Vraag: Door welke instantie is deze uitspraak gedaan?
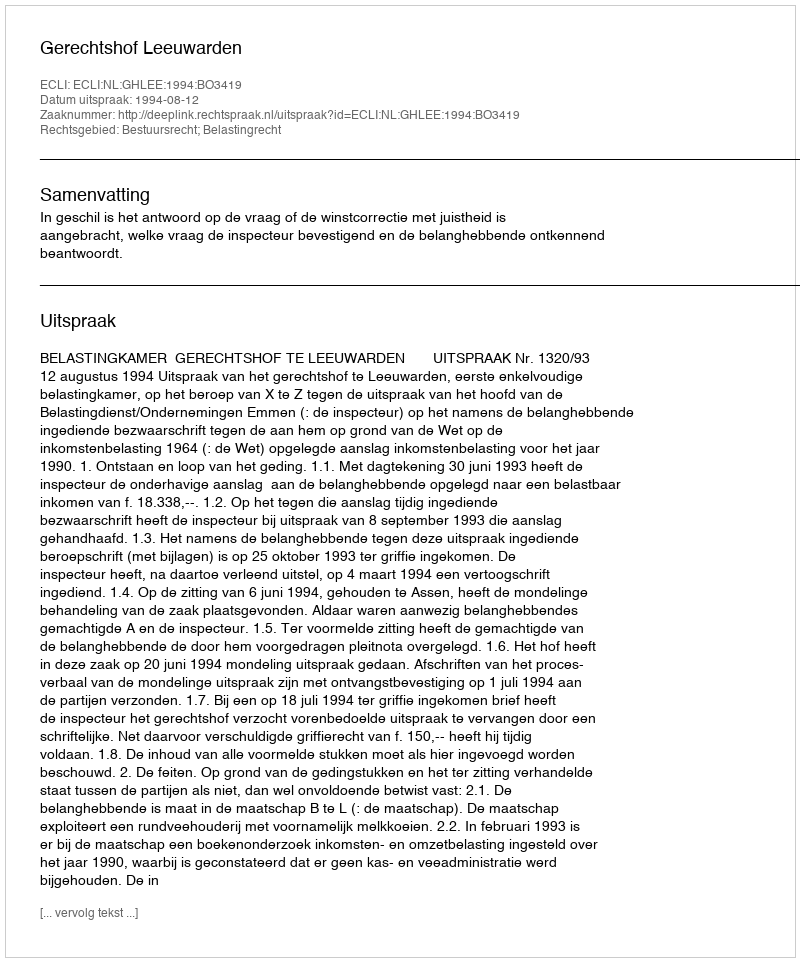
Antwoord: Gerechtshof Leeuwarden